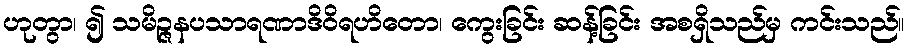
ဟုတွာ၊ ၍ သမိဉ္ဇနပသာရဏာဒိဝိရဟိတော၊ ကွေးခြင်း ဆန့်ခြင်း အစရှိသည်မှ ကင်းသည်။